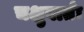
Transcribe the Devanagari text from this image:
चक्षुवार्तः